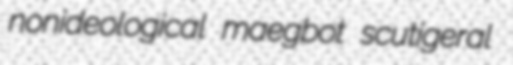
nonideological maegbot scutigeral